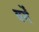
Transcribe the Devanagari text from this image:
वर्गें